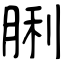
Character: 脷